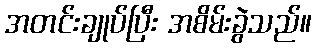
အတင်းချုပ်ပြီး အစိမ်းခွဲသည်။